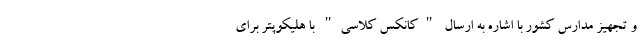
و تجهیز مدارس کشور با اشاره به ارسال "کانکس کلاسی" با هلیکوپتر برای